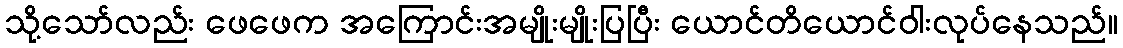
သို့သော်လည်း ဖေဖေက အကြောင်းအမျိုးမျိုးပြပြီး ယောင်တိယောင်ဝါးလုပ်နေသည်။